Vaccination North-Western Provinces and Oudh 1878-1895 - 1878-1895
Year: 1878
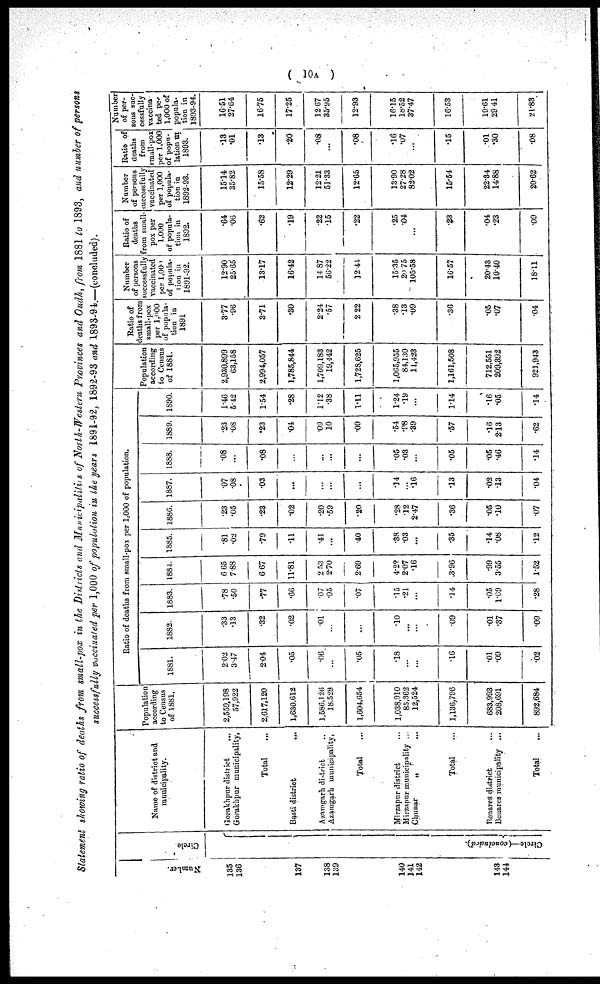
( 10A )
Statement showing ratio of deaths from small-pox in the Districts and Municipalities of North-Western Provinces and Oudh, from 1881 to 1893, and number of persons
successfully vaccinated per 1,000 of population in the years 1891-92, 1892-93 and 1893-94.—(concluded).
Number.
135
136
137
138
139
140
141
142
143
144
Circle.
Circle—(concluded).
Name of district and
municipality.
Gorakhpur district ...
Gorakhpur municipality,
Total ...
Basti district
Azamgarh district ...
Azamgarh municipality,
Total ...
Mirzapur district ...
Mirzapur municipality ...
Chunar
„ ...
Total ...
Benares district ...
Benares municipality ...
Total ...
Population
according
to Census
of 1881.
2,559,198
57,922
2,617,120
1,630,612
1,586,126
18,528
1,604,654
1,038,910
85,362
12,524
1,136,796
683,993
208,691
892,684
Ratio of deaths from small-pox per 1,000 of population.
1881.
2.02
3.47
2.04
.05
.06
...
.05
.18
...
...
.16
.01
.09
.02
1882.
.33
.13
.32
.02
.01
...
...
.10
...
...
.09
.01
.37
.09
1883.
.78
.50
.77
.66
07
.05
.07
.15
.21
...
.14
.05
1.09
.28
1884.
6.65
7.88
6.67
11.81
2.53
2.70
2.69
4.22
2.07
.16
3.96
.99
3.55
1.52
1885.
.81
.02
.79
.11
.41
...
.40
.38
.03
...
.35
.14
.08
.12
1886.
.23
.05
.23
.02
.20
.59
.20
.28
.12
2.47
.36
.05
.10
.07
1887.
.07
.08
.03
...
...
...
...
.14
...
.16
.13
.02
.13
.04
1888.
.08
...
.08
...
...
...
...
.05
.03
...
.05
.05
.46
.14
1889.
.23
.08
.23
.04
.09
10
.09
.54
.98
.39
.57
.16
2.13
.62
1890.
1.46
5.42
1.54
.28
1.12
.38
1.11
1.24
.19
...
1.14
.16
.05
.14
Population
according
to Census
of 1881.
2,930,899
63,158
2,994,057
1,785,844
1,709,183
19,442
1,728,625
1,065,955
84,130
11,423
1,161,508
712,551
209,392
921,943
Ratio of
deaths from
small-pox
per 1,000
of popula-
tion in
1891
3.77
.96
3.71
.30
2.24
.57
2.22
.38
.13
.09
.36
.05
.07
.04
Number
of persons
successfully
vaccinated
per 1,000
of popula-
tion in
1891-92.
12.90
25.65
13.17
16.42
14.87
5622
12.44
15.35
20.75
105.58
16.57
20.43
1040
18.11
Ratio of
deaths
from small-
pox per
1,000
of popula-
tion in
1892.
.64
.06
.62
.19
.22
.15
.22
.25
.04
...
.23
.04
.23
.09
Number
of persons
successfully
vaccinated
per 1,000
of popula-
tion in
1892-93.
15.14
35.82
15.58
12.29
12.21
51.33
12.65
13.90
27.28
82.02
15.54
22.34
14.88
20.62
Ratio of
deaths
from
small-pox
per 1,000
of popu-
lation in
1893.
.13
.01
.13
.20
.08
...
.08
.16
.07
...
.15
.01
.30
.08
Number
of per-
sons suc-
cessfully
vaccina-
ted per
1,000 of
popula-
tion in
1893-94.
16.51
27.64
16.75
17.25
12.67
35.95
12.93
16.15
18.52
37.47
16.53
19.61
29.41
21.83